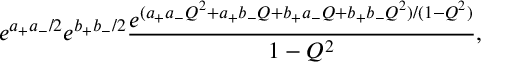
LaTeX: e ^ { a _ { + } a _ { - } / 2 } e ^ { b _ { + } b _ { - } / 2 } \frac { e ^ { ( a _ { + } a _ { - } Q ^ { 2 } + a _ { + } b _ { - } Q + b _ { + } a _ { - } Q + b _ { + } b _ { - } Q ^ { 2 } ) / ( 1 - Q ^ { 2 } ) } } { 1 - Q ^ { 2 } } ,